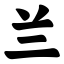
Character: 兰